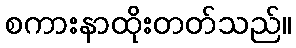
စကားနာထိုးတတ်သည်။